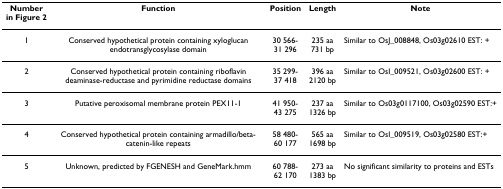
<table><thead><tr><td><b>Numberin Figure 2</b></td><td><b>Function</b></td><td><b>Position</b></td><td><b>Length</b></td><td><b>Note</b></td></tr></thead><tbody><tr><td>1</td><td>Conserved hypothetical protein containing xyloglucan endotransglycosylase domain</td><td>30 566-31 296</td><td>235 aa731 bp</td><td>Similar to OsJ_008848, Os03g02610 EST: +</td></tr><tr><td>2</td><td>Conserved hypothetical protein containing riboflavin deaminase-reductase and pyrimidine reductase domains</td><td>35 299-37 418</td><td>396 aa2120 bp</td><td>Similar to OsI_009521, Os03g02600 EST: +</td></tr><tr><td>3</td><td>Putative peroxisomal membrane protein PEX11-1</td><td>41 950-43 275</td><td>237 aa 1326 bp</td><td>Similar to Os03g0117100, Os03g02590 EST:+</td></tr><tr><td>4</td><td>Conserved hypothetical protein containing armadillo/beta-catenin-like repeats</td><td>58 480-60 177</td><td>565 aa 1698 bp</td><td>Similar to OsI_009519, Os03g02580 EST:+</td></tr><tr><td>5</td><td>Unknown, predicted by FGENESH and GeneMark.hmm</td><td>60 788-62 170</td><td>273 aa 1383 bp</td><td>No significant similarity to proteins and ESTs</td></tr></tbody></table>